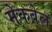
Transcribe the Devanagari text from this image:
मेकबेल